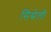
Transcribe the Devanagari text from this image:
सिस्रेली